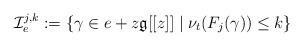
LaTeX: \begin{align*}\mathcal{I}^{j,k}_e := \{\gamma \in e + z\mathfrak{g}[[z]] \mid\nu_t(F_j(\gamma)) \leq k \}\end{align*}